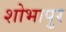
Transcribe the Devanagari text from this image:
शोभापुर